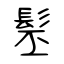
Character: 髬